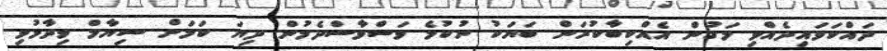
ދައްކަވައިދެއްވި މަގުން އެއްކިބާކުރަން ބަޔަކު ނުކުމެ ވަސްވާސްދެމުން ދިޔަ ކަމަށް ސިޔާމް ވިދާޅުވި